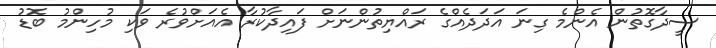
ސީދާގޮތުން އެންމެ ގިނަ އަދަދެއްގެ ރައްޔިތުންނަށް ފައިދާކުރާ އެއަށްވުރެ ވަކި މުހިންމު ބޮޑު